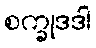
စက္ခုဒဒါ